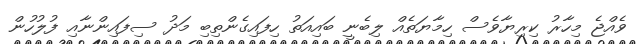
ވެއްޖެ މިހާރު ކިރިޔާވެސް ހިމާޔަތެއް ލިބެނީ ބައިއަތު ހިފައިގެންތިބި މަދު ސިފައިންނާއި ފުލުހުން